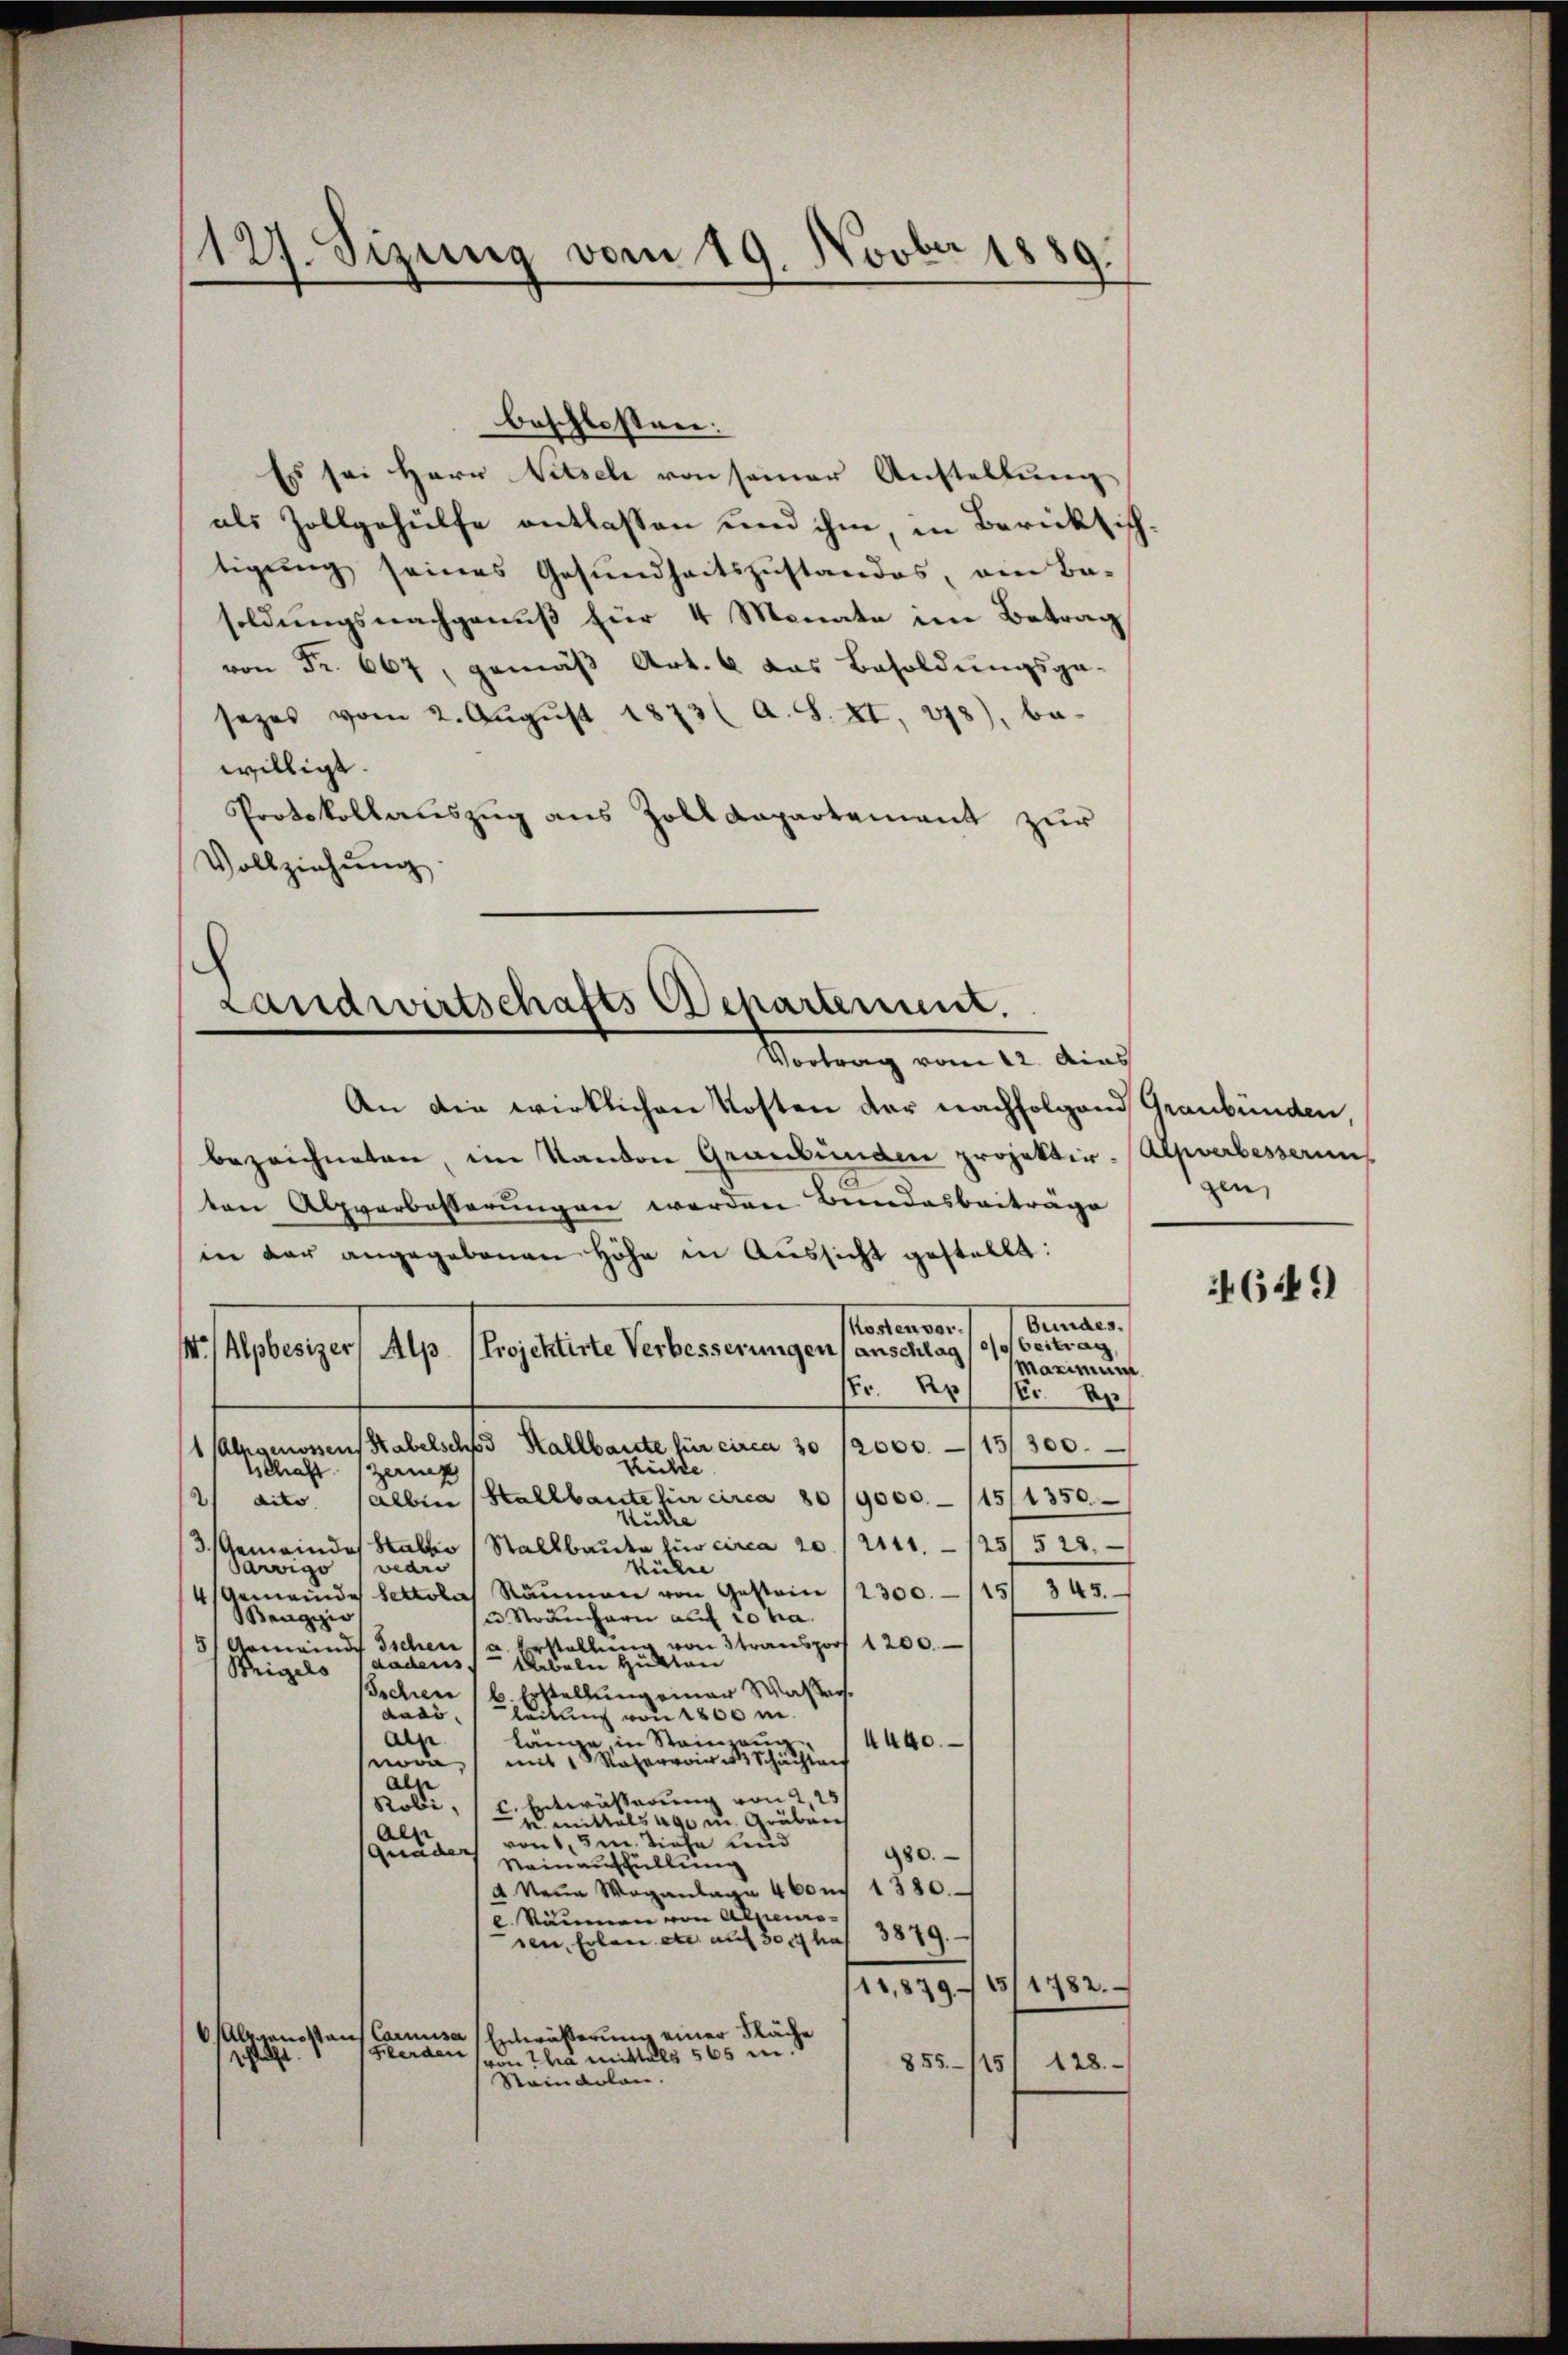
127. Jezung vom 19. Novber 1889.

Es sei Herr Witsch von seiner Anstellung
als Zollgehülfe entlassen und ihm, in Berücksichtigŭng seines Gesŭndheitszŭstandes, am Ba-
soldungsnachgenuß für 4 Monate im Betrag
von Fr. 667, gemäß Art. 6 das Besoldungsga-
sezes vom 2. August 1873 (a. S. XI, 278), bewilligt.
Protokollauszug aus Zolldepartement zur
Vollziehŭng.

beschlossen:

Landwirtschafts Departement.
Vortrag vom 12. Mias

W/Alpbesizer, Alp (Projektirte Verbesserungen (anschlag (so beitrag,

2000. 115/300.
9000.- 115/1350

An die wirklichen Kosten der nachfolgend Graubünden,
bezeichneten, im Kanton Graubünden projektir-Alpverbesseruns
ten Alpverbesserungen werden Bundesbeiträge
in der angegebenen Höhe in Aussicht gestellt:
Kosten vor¬
Fr. 2
1 Alpgenossens Stabelsches Kallbaute für circa 30
külde.
Schaft zers
2
)
Hallbaute hir circa 80
dito
alben
Stücke
Stallbaute für circa 20/2141, 1251 528.
3. Gemeindes
Stallis
awigo (wedis
külee
4) Gemeinde Settola Räumen von Gestein (2300. 115
sn Strangarn auf 10 ha
Waaggio
verstellung von Stransport 1200.
5) Gemeinde Ischen
kabeln Hütten
dadens
Weigels
Ischien
b. Erstellung einer Wassers.
dass
leitung von 1800 m.
alse
länge, in Stainzeug
4440.
mit Raarrive Schächte
nova
aln
Robi, (c. Entwässerung von 2,25
u. mittals 490 u. Gruben,
aes
von 1,3m. Siehe und
Gnäder
480.
Neinausfüllung
d Neuen Waganlage 460 n 1380.
l. Stämmen von Alpenro
sen, Erlen etc. auf 304 hat 3879.
11,87915/1782.
Altramostans Caruusa (Entwässerung einer Fläche
werden
(von Tha mittals 565 m
h
855/15, 128.
Staindolen.

Brunnen,
Maximum
Nr. 2
345.

gen

649